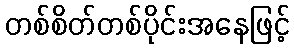
တစ်စိတ်တစ်ပိုင်းအနေဖြင့်